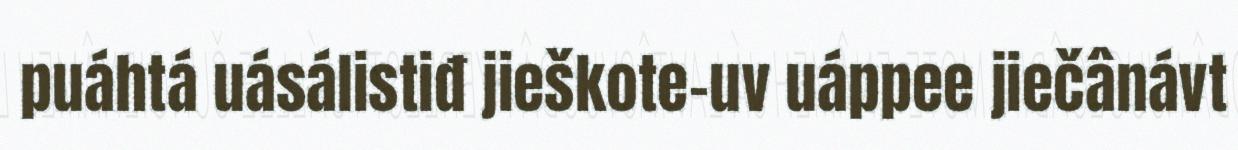
puáhtá uásálistiđ jieškote-uv uáppee jiečânávt